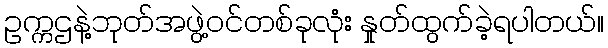
ဥက္ကဌနဲ့ဘုတ်အဖွဲ့ဝင်တစ်ခုလုံး နှုတ်ထွက်ခဲ့ရပါတယ်။